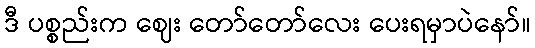
ဒီ ပစ္စည်းက ဈေး တော်တော်လေး ပေးရမှာပဲနော်။